Annual administration and progress report of the Indian Medical Department, Bombay
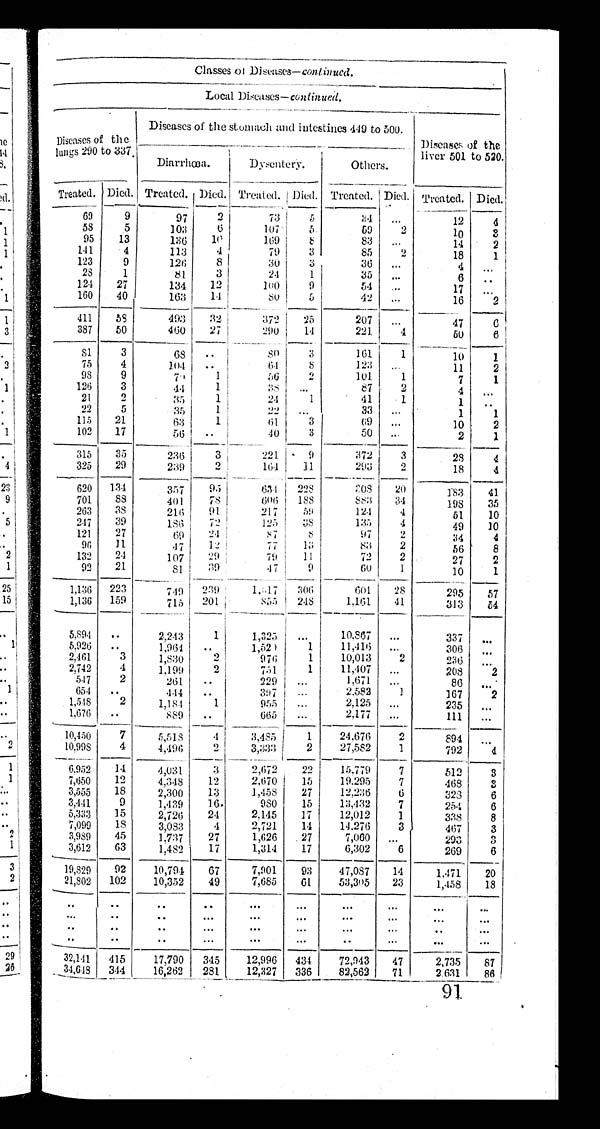
Classes of Diseases-continued .
Local Diseases-continued.
Diseases of the
Lungs 290 to 337.
Diseases of the stomach and intestines 449 to 500.
Diseases of the
liver 501 to 520.
Diarrhœa.
Dysentery.
_
Others.
Treated. Died. Treated. Died. Treated. Died. Treated. Died. Treated. Died.
69
9
97
3
73
5
3 4
. . .
12
4
58
5
103
6
107
5
59
2
10
3
95
13
136
1 0
169
8
83
. . .
14
2
141
4
113
4
79
3
85
2
18
1
123
9
126
8
30
3
36
...
4
...
28
1
81
3
24
1
35
...
6 ..
124
27
134
12
100
9
54
...
17
. . .
160
40
163
14
8
5
42
...
16
2
411
58
493
32
372
25
207
. . .
47
6
387
50
460
27
290
14
221
4
5 0
6
8 1
3
68 ..
80
3
161
1
10
1
75
4
104
. .
64
8
123
. . .
11
2
98
9
7[ i l l e gi bl e ]
1
56
2
101
1
7
1
126
3
44
1
38
87
2
21
2
35
1
24
1
41
1
1
. .
22
5
35
1
22
...
33
...
1
1
115
21
63
1
61
3
69
. . .
10
2
102
17
56
. .
40
3
50
. . .
2
1
315
35
236
3
221
9
372
3
28
4
325
29
239
2
164
11
293
2
18
4
620 134
357
95
631
228
208
20
183
41
701
88
401
78
606 188
883
34
198
35
263
38
216
91
217
59
124
4
51
10
247
39
186
72
125
38
135
4
49
10
121
27
69
24
87
8
97
2
34
4
96
11
47
12
77
13
83
2
56
8
132
2.4
107
29
79
11
72
2
27
2
92
21
8 1 39
47
9
60
1
10
1
1 , 1 3 6 223
749 239
1.017
3 0 6
6 01
28
295
57
1,136 159
715
201
835
248
1,161
41
313
5 4
5,894 ..
2,243
1
1,325
...
10,867
...
337
. . .
5,926
. .
1,964
. .
1,520
1
11,416
. . .
306
. . .
2,461
3
1,830
2
976
1
10,013
2
236 ...
2,742
4
1,199
2
751
1
11,407
. . .
208
2
547
2
261
..
229 ...
1,671
. . .
86
. . .
654 . .
444
. .
397
...
2,582
1
167
2
1,548
2
1 , 1 8 4
1
955
...
2,125 ...
235
. . .
1,676
..
889
..
665
. . .
2,177
. . .
1 1 1 ...
10,450
7
5,518
4
3,485
1
24,676
2
894
. . .
10,998
4
4,496
2
3,333
2
27,582
1
792
4
6,952
14
4,031
3
2,672
22
15,779
7
512
3
7,650
12
4,348
12
2,670
15
19,295
7
468
3
3,555
18
2,300
13
1,458
27
12,236
6
323
6
3,441
9
1,439
16
980
15
13,432
7
254
6
5,333
15
2,726
24
2,145
17
12,012
1
338
8
7,099
18
3,083
4
2,721
14
14,276
3
467
3
3,989
45
1,737
27
1,626
27
7,060
...
293
3
3,612
6 3
1,482
17
1,314
17
6,302
6
269
6
19,829
92
10,794
67
7,901
93
47,087
14
1,471
20
21,802
102
10,352
49
7,685
61
53,305
23
1,458
18
. .
. .
. . . .
. . .
. . .
. . .
. . .
. . .
. . .
. . .
. .
. . . . .
. . .
. . .
. . .
. . .
. . .
. . .
. .
. .
. . . . .
. . . . . .
. . .
. . .
. . .
. . .
. .
. .
.
.
. . .
. . .
. . .
. .
. . .
. . .
. . .
32,141
415
17,790
345
12,996
434
72,943
47
2,735
8 7
34,648 344
16,262
281
12,327
336
82,562
71
2, 631
86